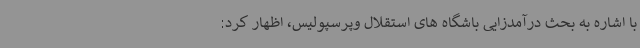
با اشاره به بحث درآمدزایی باشگاه های استقلال وپرسپولیس، اظهار کرد: